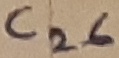
Text: C26